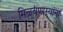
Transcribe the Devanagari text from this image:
मिळवणाऱ्यांना